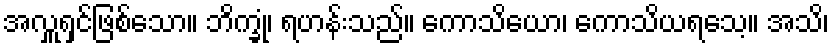
အလှူရှင်ဖြစ်သော။ ဘိက္ခုံ၊ ရဟန်းသည်။ ကောသိယော၊ ကောသိယရသေ့။ အသိ၊